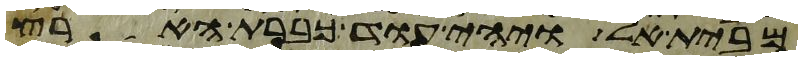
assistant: מבית אל ויהי עוד כברת הארץ